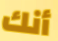
أنك